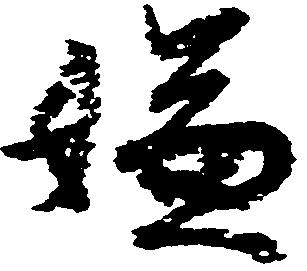
嫌